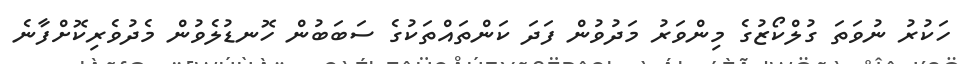
ހަކުރު ނުވަތަ ގުލްކޯޒުގެ މިންވަރު މަދުވުން ފަދަ ކަންތައްތަކުގެ ސަބަބުން ހޮނޑުލެވުން މެދުވެރިކޮށްފާނެ